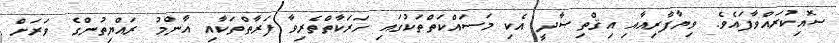
ސޮއިކުރައްވާފައެވެ. ވިޔާފާރިއާއި އިޤްތިޞާދީ އެކި މަސައްކަތްތަކުގައި ހަރަކާތްތެރިވާ ފަރާތްތަކާއި އާންމު ރައްޔިތުންގެ ވަރަށް